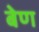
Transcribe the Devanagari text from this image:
बेण